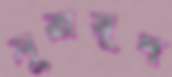
সুরায়ুদ